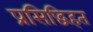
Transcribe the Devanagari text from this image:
प्रसिद्धिहत